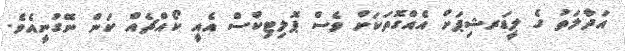
އަދާލަތު ގެ ލީޑަރޝިޕަށް އެއްގޮތަކަށް ވެސް ޕޮލިޓިކްސް އެއީ ކޯއްޗެއް ކަން ނޭގުނީއެވެ.